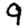
Digit: 9